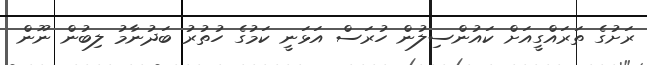
ރަށުގެ ތަރައްގީއަށް ކައުންސިލުން ހުރަސް އަޅަނީ ކަމުގެ ހުތުރު ބަދުނާމު ލިބުން ނޫން